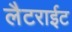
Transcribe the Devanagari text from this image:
लैटराईट